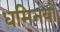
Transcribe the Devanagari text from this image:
धमिनयों